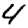
Digit: 4